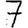
Digit: 7